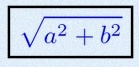
\sqrt{a^2+b^2}